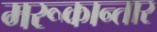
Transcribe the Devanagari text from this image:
मरूकान्तार